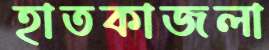
হাতকাজলা